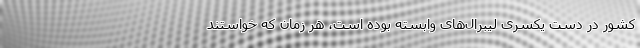
کشور در دست یکسری لیبرال‌های وابسته بوده است، هر زمان که خواستند